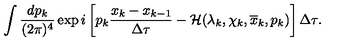
\int \frac { d p _ { k } } { ( 2 \pi ) ^ { 4 } } \exp i \left[ p _ { k } \frac { x _ { k } - x _ { k - 1 } } { \Delta \tau } - { \cal H } ( \lambda _ { k } , \chi _ { k } , \overline { { x } } _ { k } , p _ { k } ) \right] \Delta \tau .